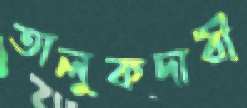
তালুকদারী